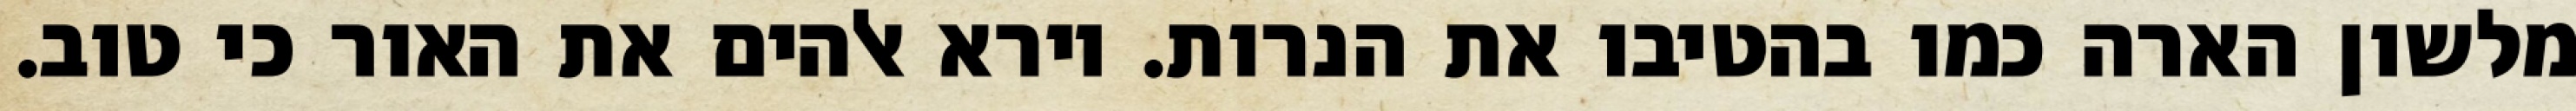
מלשון הארה כמו בהטיבו את הנרות. וירא אלהים את האור כי טוב.